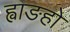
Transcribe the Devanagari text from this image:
ह्वाङहो